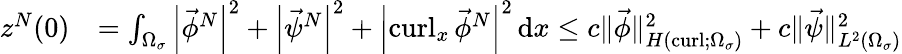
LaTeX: \begin{array}{rl}{z^{N}(0)}&{=\int_{\Omega_{\sigma}}\left\lvert{\vec{\phi}^{N}}\right\rvert^{2}+\left\lvert{\vec{\psi}^{N}}\right\rvert^{2}+\left\lvert{\operatorname{curl}_{x}\vec{\phi}^{N}}\right\rvert^{2}\, \mathrm dx\leq c\| \vec{\phi}\| _{H(\operatorname{curl};\Omega_{\sigma})}^{2}+c\| \vec{\psi}\| _{L^{2}(\Omega_{\sigma})}^{2}}\end{array}